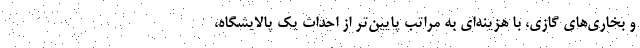
و بخاری‌های گازی، با هزینه‌ای به مراتب پایین‌تر از احداث یک پالایشگاه،